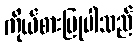
ကိုယ်စားပြုပါသည်